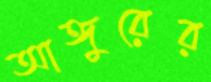
আঙ্গুরের